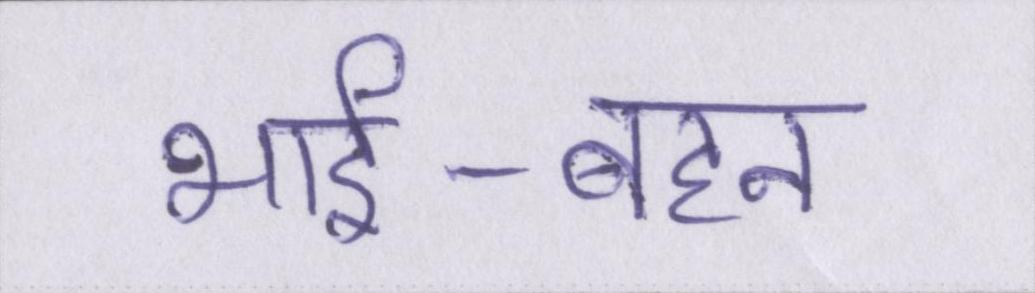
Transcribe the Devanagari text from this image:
भाई-बहन